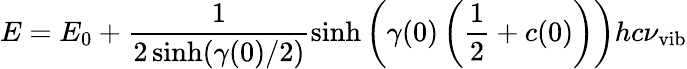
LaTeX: E=E_{0}+\frac{1}{2\sinh(\gamma(0)/2)}\sinh\left(\gamma(0)\left(\frac{1}{2}+c(0)\right)\right)hc\nu_{\mathrm{vib}}